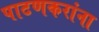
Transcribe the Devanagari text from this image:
पाटणकरांना